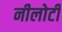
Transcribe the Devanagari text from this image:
नीलोटी